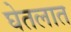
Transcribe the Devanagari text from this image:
घेतलात